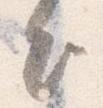
出